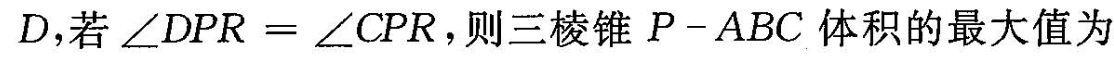
D，若$$∠ D P R = ∠ C P R$$，则三棱锥P——ABC体积的最大值为